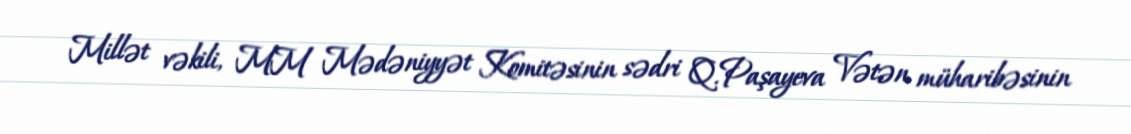
Millət vəkili, MM Mədəniyyət Komitəsinin sədri Q.Paşayeva Vətən müharibəsinin